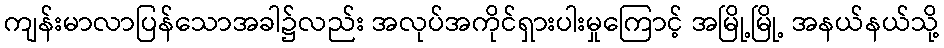
ကျန်းမာလာပြန်သောအခါ၌လည်း အလုပ်အကိုင်ရှားပါးမှုကြောင့် အမြို့မြို့ အနယ်နယ်သို့